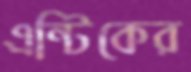
এন্টিকের